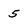
Character: 5